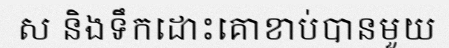
ស និងទឹកដោះគោខាប់បានមួយ